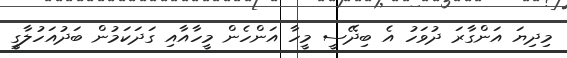
މިދިޔަ އަންގާރަ ދުވަހު އެ ބިދޭސީ މީހާ އަންހެން މީހާއާއި ގަދަކަމުން ބަދުއަހުލާގީ